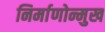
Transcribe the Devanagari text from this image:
निर्माणोन्मुख